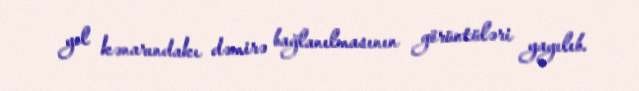
yol kənarındakı dəmirə bağlanılmasının görüntüləri yayılıb.